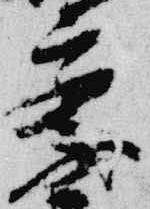
察